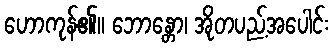
ဟောကုန်၏။ ဘောန္တော၊ အိုတပည့်အပေါင်း